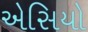
એસિયો